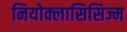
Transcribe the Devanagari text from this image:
नियोक्लासिसिज्म